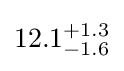
12.1_{-1.6}^{+1.3}